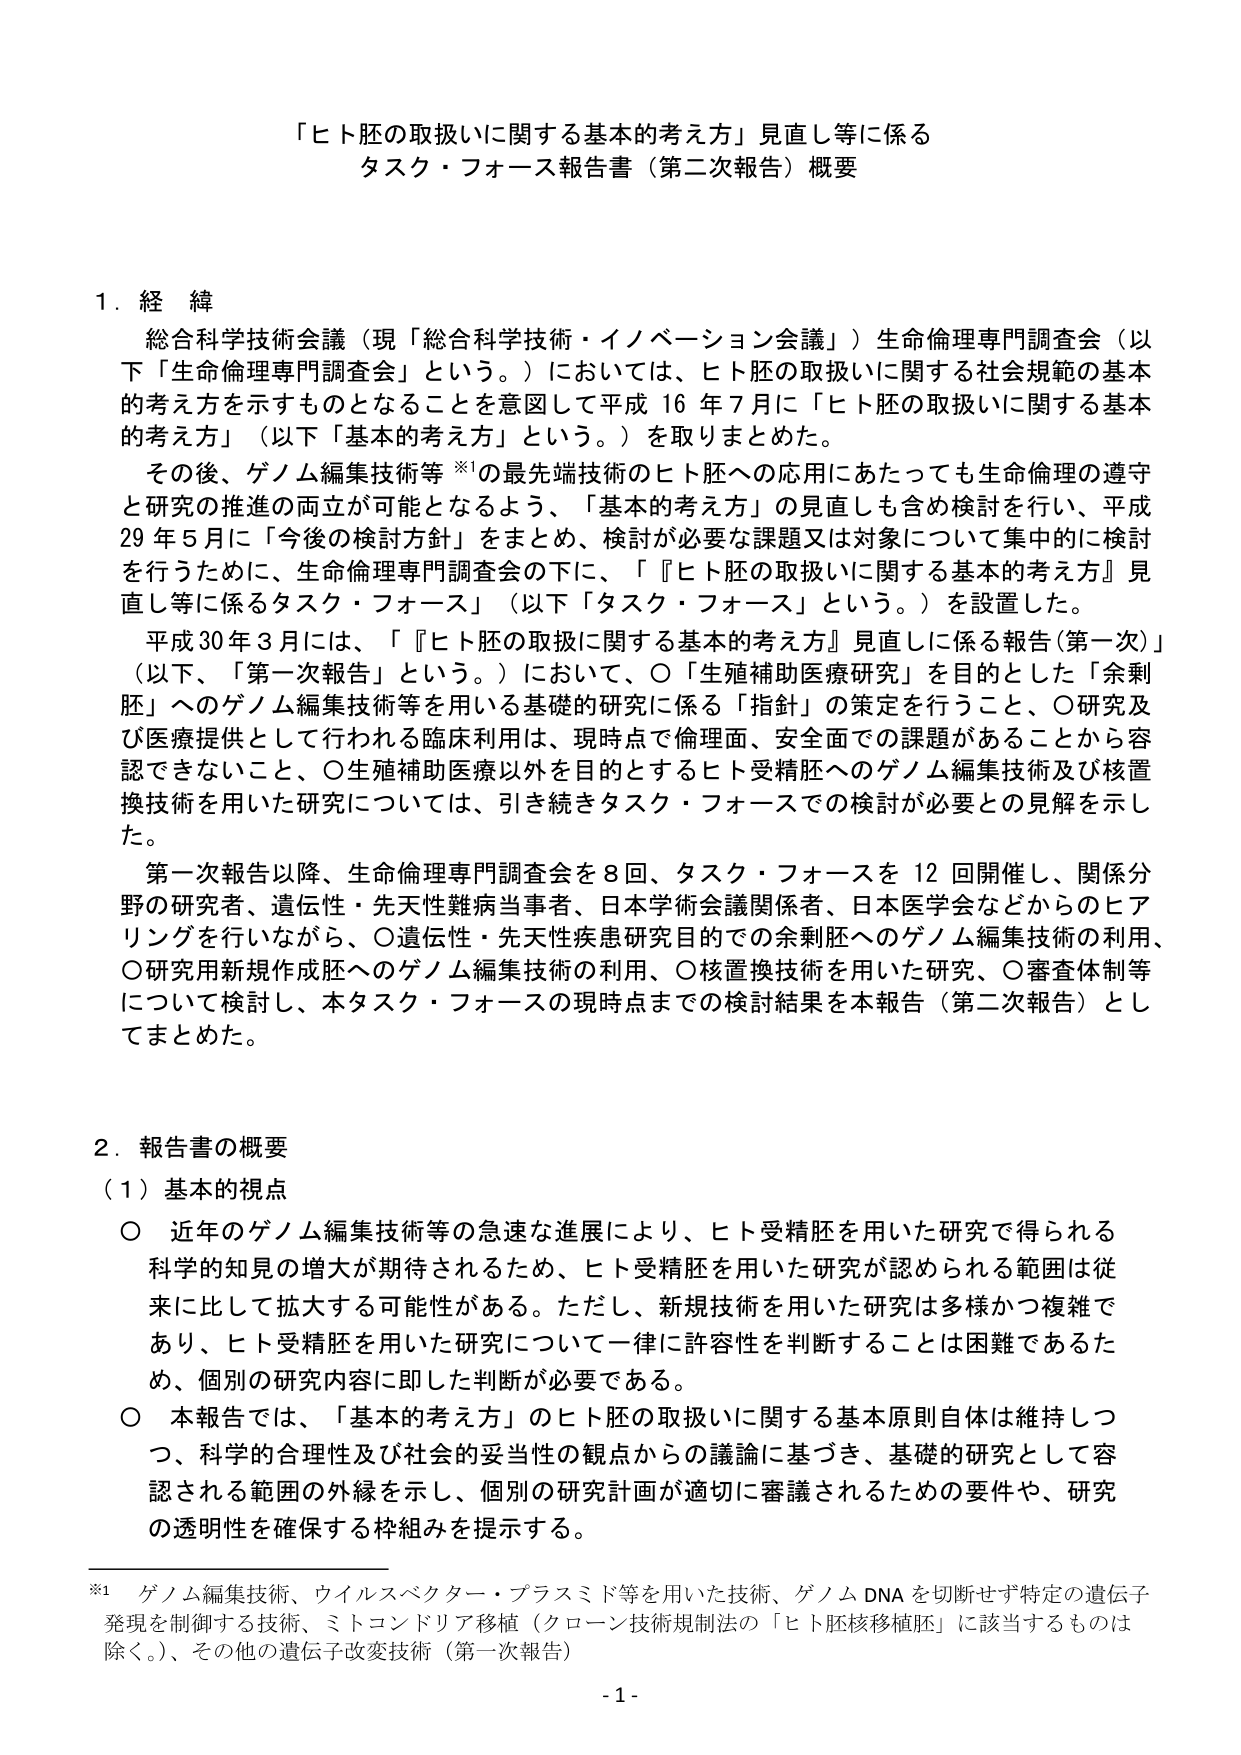
「ヒト胚の取扱いに関する基本的考え方」見直し等に係る
タスク・フォース報告書（第二次報告）概要

1．経 緯
総合科学技術会議（現「総合科学技術・イノベーション会議」）生命倫理専門調査会（以下「生命倫理専門調査会」という。）においては、ヒト胚の取扱いに関する社会規範の基本的考え方を示すものとなることを意図して平成16年7月に「ヒト胚の取扱いに関する基本的考え方」（以下「基本的考え方」という。）を取りまとめた。
その後、ゲノム編集技術等※1の最先端技術のヒト胚への応用にあたっても生命倫理の遵守と研究の推進の両立が可能となるよう、「基本的考え方」の見直しも含め検討を行い、平成29年5月に「今後の検討方針」をまとめ、検討が必要な課題又は対象について集中的に検討を行うために、生命倫理専門調査会の下に、「『ヒト胚の取扱いに関する基本的考え方』見直し等に係るタスク・フォース」（以下「タスク・フォース」という。）を設置した。
平成30年3月には、「『ヒト胚の取扱に関する基本的考え方』見直しに係る報告（第一次）」（以下、「第一次報告」という。）において、○「生殖補助医療研究」を目的とした「余剰胚」へのゲノム編集技術等を用いる基礎的研究に係る「指針」の策定を行うこと、○研究及び医療提供として行われる臨床利用は、現時点で倫理面、安全面での課題があることから容認できないこと、○生殖補助医療以外を目的とするヒト受精胚へのゲノム編集技術及び核置換技術を用いた研究については、引き続きタスク・フォースでの検討が必要との見解を示した。
第一次報告以降、生命倫理専門調査会を8回、タスク・フォースを12回開催し、関係分野の研究者、遺伝性・先天性難病当事者、日本学術会議関係者、日本医学会などからのヒアリングを行いながら、○遺伝性・先天性疾患研究目的での余剰胚へのゲノム編集技術の利用、○研究用新規作成胚へのゲノム編集技術の利用、○核置換技術を用いた研究、○審査体制等について検討し、本タスク・フォースの現時点までの検討結果を本報告（第二次報告）としてまとめた。

2．報告書の概要
（1）基本的視点
○ 近年のゲノム編集技術等の急速な進展により、ヒト受精胚を用いた研究で得られる科学的知見の増大が期待されるため、ヒト受精胚を用いた研究が認められる範囲は従来に比して拡大する可能性がある。ただし、新規技術を用いた研究は多様かつ複雑であり、ヒト受精胚を用いた研究について一律に許容性を判断することは困難であるため、個別の研究内容に即した判断が必要である。
○ 本報告では、「基本的考え方」のヒト胚の取扱いに関する基本原則自体は維持しつつ、科学的合理性及び社会的妥当性の観点からの議論に基づき、基礎的研究として容認される範囲の外縁を示し、個別の研究計画が適切に審議されるための要件や、研究の透明性を確保する枠組みを提示する。

※1 ゲノム編集技術、ウイルスベクター・プラスミド等を用いた技術、ゲノムDNAを切断せず特定の遺伝子発現を制御する技術、ミトコンドリア移植（クローン技術規制法の「ヒト胚核移植胚」に該当するものは除く。）、その他の遺伝子改変技術（第一次報告）
- 1 -